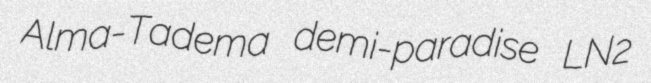
Alma-Tadema demi-paradise LN2